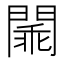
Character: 𨵞